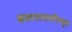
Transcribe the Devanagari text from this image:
करुणरसपरिप्लुत